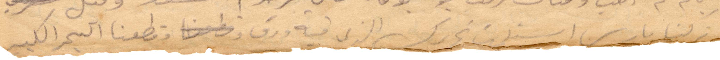
نزلنا باريس استملت تحريرك الذي فيه ورق وقطعنا البحر الكبير